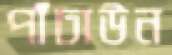
পাঁচাউন